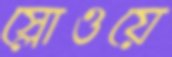
স্লোওয়ে